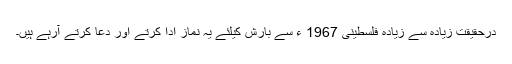
درحقیقت زیادہ سے زیادہ فلسطینی 1967 ء سے بارش کیلئے یہ نماز ادا کرتے اور دعا کرتے آرہے ہیں۔